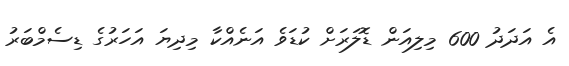
އެ އަަދަދު 600 މިލިއަން ޑޮލަރަށް ކުޑަވެ އަނެއްކާ މިދިޔަ އަހަރުގެ ޑިސެމްބަރު